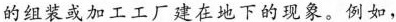
的组装或加工工厂建在地下的现象。例如，